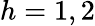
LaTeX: h=1,2